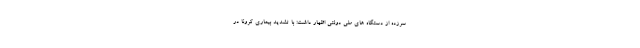
سرزده از دستگاه های ملی دولتی اظهار داشت: با تشدید بیماری کرونا در